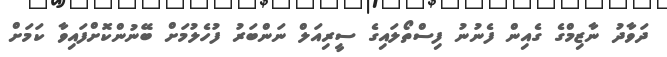
ދަވާދު ނާޒިމްގެ ގެއިން ފެނުނު ފިސްތޯލައިގެ ސީރިއަލް ނަންބަރު ފުހެލުމަށް ބޭނުންކޮށްފައިވާ ކަމަށް